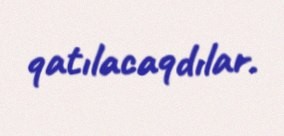
qatılacaqdılar.